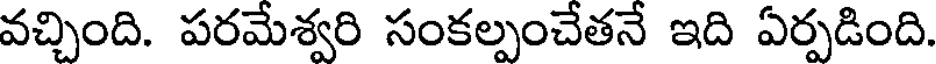
వచ్చింది. పరమేశ్వరి సంకల్పంచేతనే ఇది ఏర్పడింది.